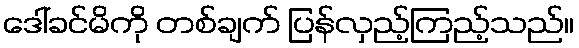
ဒေါ်ခင်မိကို တစ်ချက် ပြန်လှည့်ကြည့်သည်။